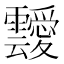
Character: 靉